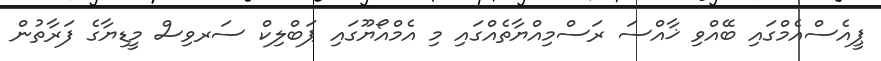
ޕީއެސްއެމްގައި ބޭއްވި ޚާއްސަ ރަސްމިއްޔާތެއްގައި މި އެމްއޯޔޫގައި ޕަބްލިކް ސަރވިސް މީޑިޔާގެ ފަރާތުން